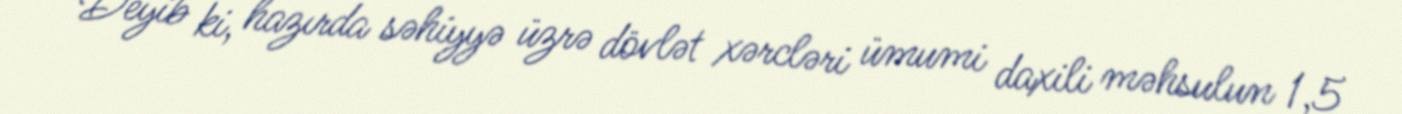
Deyib ki, hazırda səhiyyə üzrə dövlət xərcləri ümumi daxili məhsulun 1,5